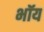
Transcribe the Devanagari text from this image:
भॉय